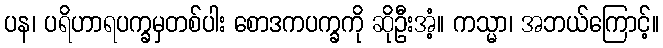
ပန၊ ပရိဟာရပက္ခမှတစ်ပါး စောဒကပက္ခကို ဆိုဦးအံ့။ ကသ္မာ၊ အဘယ်ကြောင့်။